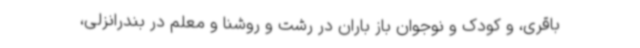
باقری، و کودک و نوجوان باز باران در رشت و روشنا و معلم در بندرانزلی،